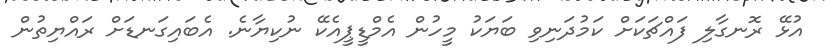
އުޅޭ ރޮނގާލި ފައްޗަކަށް ކަމުދަނިވި ބަޔަކު މީހުން އެމްޑީޕީއެކޭ ނުކިޔާނެ. އެބައިގަނޑަށް ރައްޔިތުން